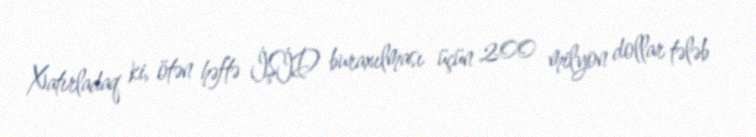
Xatırladaq ki, ötən həftə İŞİD buraxılması üçün 200 milyon dollar tələb